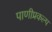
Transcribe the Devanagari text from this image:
पाणीप्रकल्प